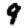
Digit: 9